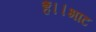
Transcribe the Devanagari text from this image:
हैं।।भाट